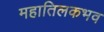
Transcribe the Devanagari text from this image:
महातिलकभव